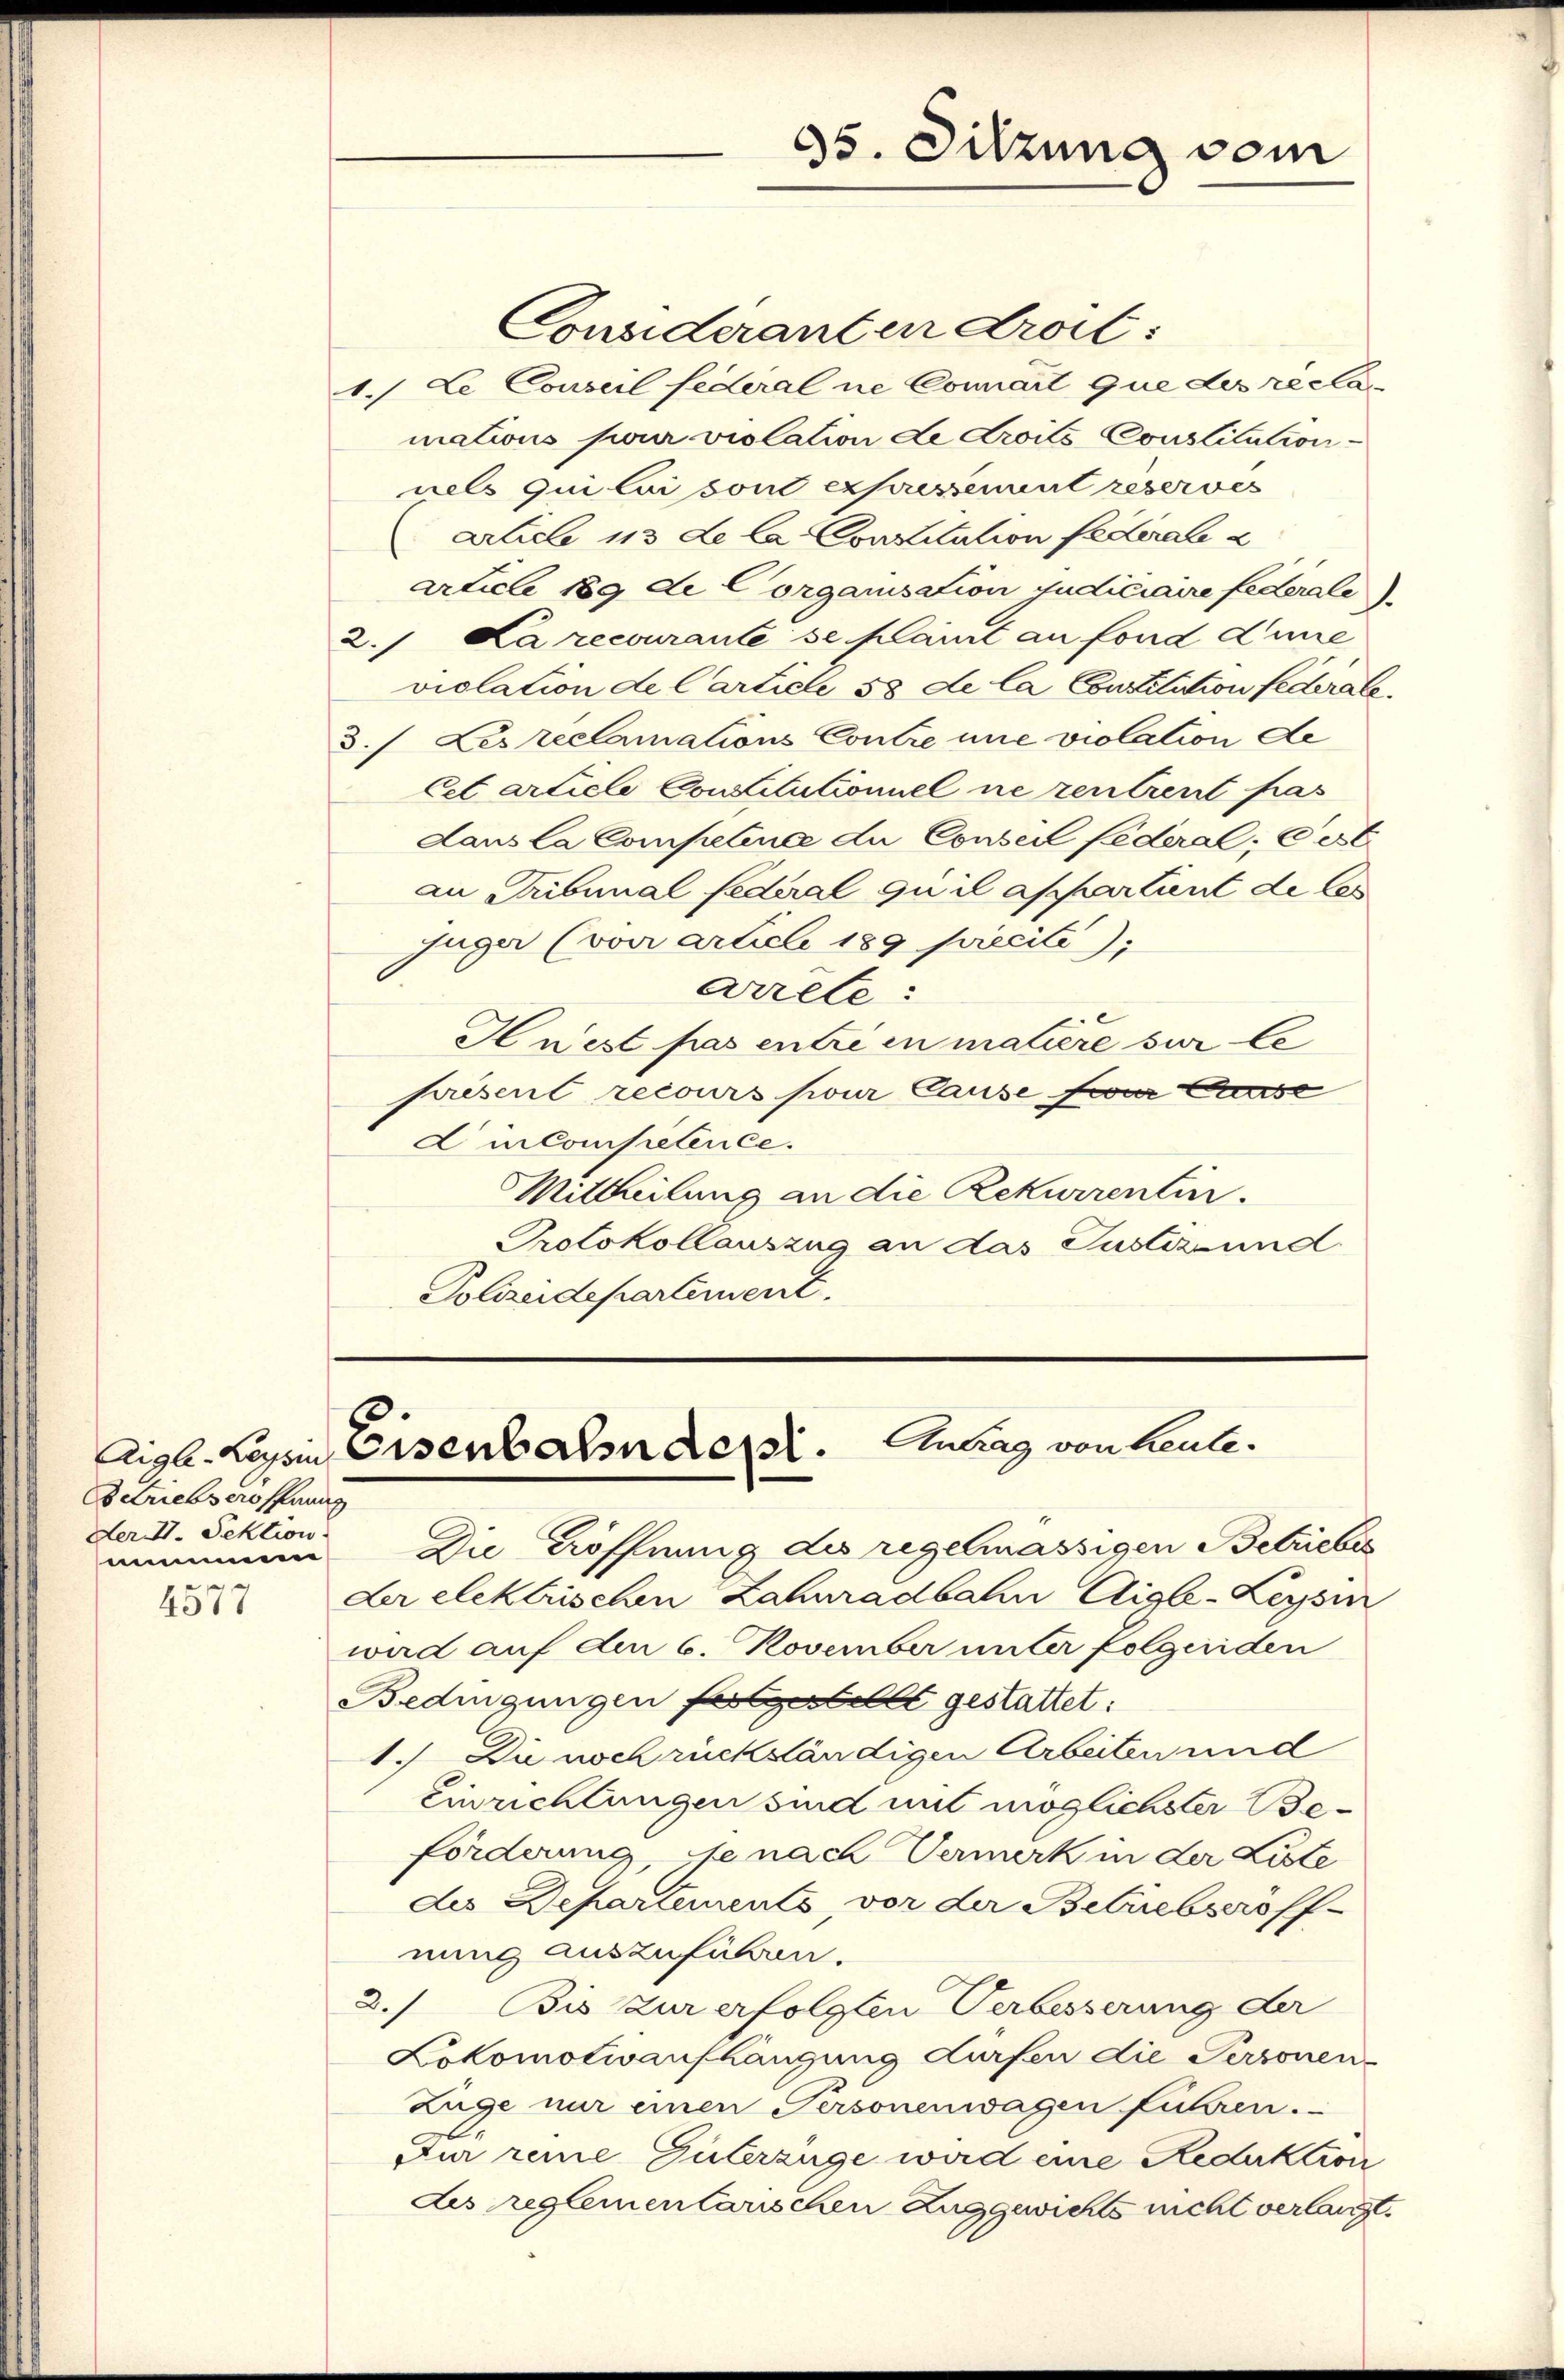
etriebseröffnung
Der II. Sektion.
smen
4577

Consideranten droit:
1.) Le Conseil federal ne Connait que des reclamations pour violation de Croils Constitution
nels qui lui sont expressement reserves
Aicle 113 de la Contilation federale 2
article 189 de Corganisation Judiciaire federale)
2. La recourante se fait an fond Linie
violation de Carticle 58 de la Constitution federale.
3. Les reclamations Contre une violation de
Cet artiele Conditutioniel ne rentreut pas
dans la Compelina du Conseil federal; Ces
au Tribunal federal quil appartient de les
fuger (von article 189 piecile),
arrete:
Hnest pas entre in matiere sur le
présent recours pour cause zwar Casse
Lincompetence.
MMittheilung an die Rekurrentin.
Protokollauszug an das Justiz und
Polizeidepartement.

Aiga-Keysin Eisenbahnder. Antrag von heute.

c
35. Sitzung vom

Die Eröffnung des regelmässigen Betriebes
der elektrischen Zahuradbahn Aigle-Leysin
wird auf den 6. November unter folgenden
Bedingungen festellt gestattet:
1.) Di noch rückständigen Arbeiten und
Einrichtungen sind mit möglichster Beforderung, se nach Vermerk in der Liste
des Departements, vor der Betriebseröffnung auszuführen.
2.) Bis zur erfolgten Verbesserung der
Lokomotivaufhängung dürfen die Personen-
Züge nur einen Personenwagen führen.
Für reine Güterzüge wird eine Reduktion
dis reglementarischen Zug gewichts nicht verlangt,